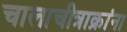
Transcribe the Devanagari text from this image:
चालाचीत्राक्रांना